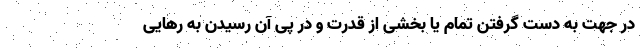
در جهت به دست گرفتن تمام یا بخشی از قدرت و در پی آن رسیدن به رهایی